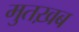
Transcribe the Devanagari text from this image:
मुतख़ब